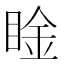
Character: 𥇶